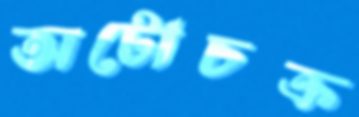
অটোচক্র